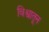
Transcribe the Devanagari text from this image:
विश्वातून